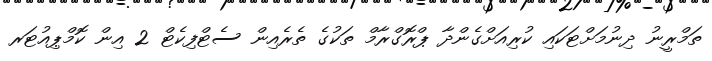
ތަމްރީނު ދިނުމަށްޓަކައި ކުރިއަށްގެންދާ ޕްރޮގްރާމް ތަކުގެ ތެރެއިން ސެޓްފިކެޓް 2 އިން ކޮމްޕިއުޓަރ